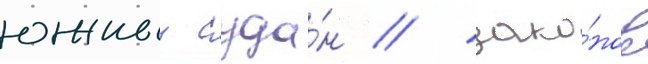
южныи суда́н / зако́нов